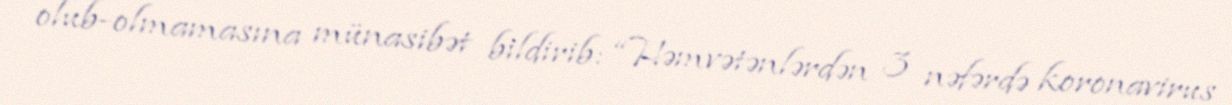
olub-olmamasına münasibət bildirib: “Həmvətənlərdən 3 nəfərdə koronavirus